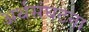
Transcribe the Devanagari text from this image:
अर्थसंघटना